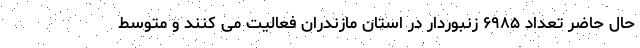
حال حاضر تعداد ۶۹۸۵ زنبوردار در استان مازندران فعالیت می کنند و متوسط